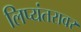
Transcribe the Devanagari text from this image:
लिप्यंतरावर